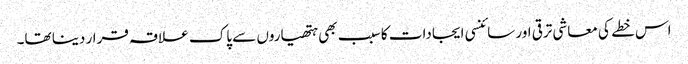
اس خطے کی معاشی ترقی اور سائنسی ایجادات کا سبب بھی ہتھیاروں سے پاک علاقہ قرار دینا تھا۔